Civil Veterinary Department. Central Provinces & Berar 1925-31 - 1925-1931
Year: 1925
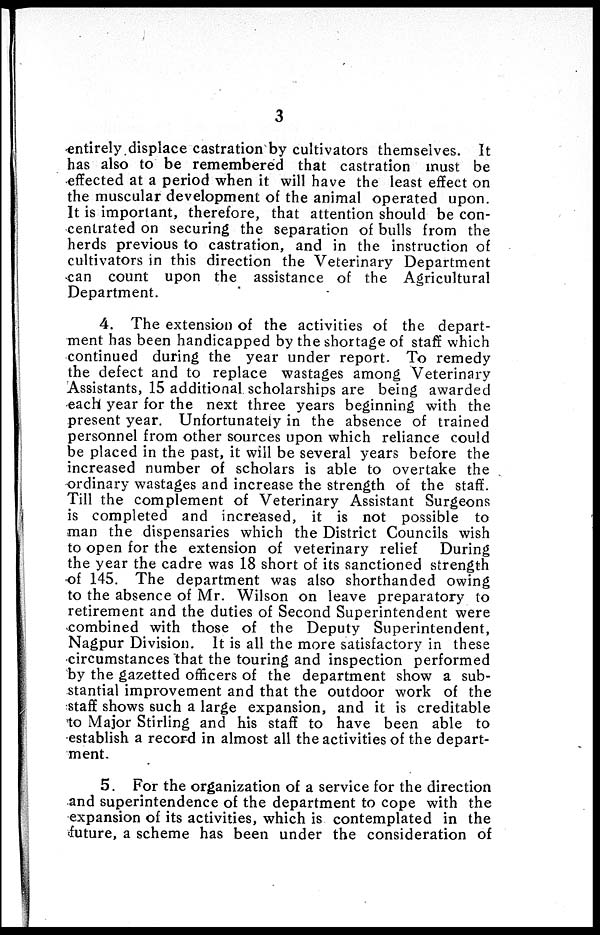
3
entirely displace castration by cultivators themselves. It
has also to be remembered that castration must be
effected at a period when it will have the least effect on
the muscular development of the animal operated upon.
It is important, therefore, that attention should be con-
centrated on securing the separation of bulls from the
herds previous to castration, and in the instruction of
cultivators in this direction the Veterinary Department
can count upon the assistance of the Agricultural
Department.
4. The extension of the activities of the depart-
ment has been handicapped by the shortage of staff which
continued during the year under report. To remedy
the defect and to replace wastages among Veterinary
Assistants, 15 additional scholarships are being awarded
each year for the next three years beginning with the
present year. Unfortunately in the absence of trained
personnel from other sources upon which reliance could
be placed in the past, it will be several years before the
increased number of scholars is able to overtake the
ordinary wastages and increase the strength of the staff.
Till the complement of Veterinary Assistant Surgeons
is completed and increased, it is not possible to
man the dispensaries which the District Councils wish
to open for the extension of veterinary relief
During
the year the cadre was 18 short of its sanctioned strength
of 145. The department was also shorthanded owing
to the absence of Mr. Wilson on leave preparatory to
retirement and the duties of Second Superintendent were
combined with those of the Deputy Superintendent,
Nagpur Division. It is all the more satisfactory in these
circumstances that the touring and inspection performed
by the gazetted officers of the department show a sub-
stantial improvement and that the outdoor work of the
staff shows such a large expansion, and it is creditable
to Major Stirling and his staff to have been able to
establish a record in almost all the activities of the depart-
ment.
5. For the organization of a service for the direction
and superintendence of the department to cope with the
expansion of its activities, which is contemplated in the
future, a scheme has been under the consideration of